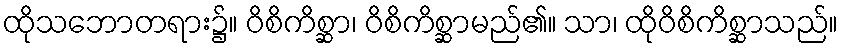
ထိုသဘောတရား၌။ ဝိစိကိစ္ဆာ၊ ဝိစိကိစ္ဆာမည်၏။ သာ၊ ထိုဝိစိကိစ္ဆာသည်။